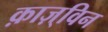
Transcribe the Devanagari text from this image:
क़ाज़्विन